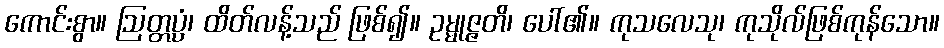
ကောင်းစွာ။ ဩတ္တပ္ပံ၊ ထိတ်လန့်သည် ဖြစ်၍။ ဥမ္မုဇ္ဇတိ၊ ပေါ်၏။ ကုသလေသု၊ ကုသိုလ်ဖြစ်ကုန်သော။